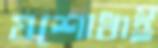
যশোধাই